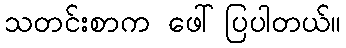
သတင်းစာက ဖေါ်ပြပါတယ်။